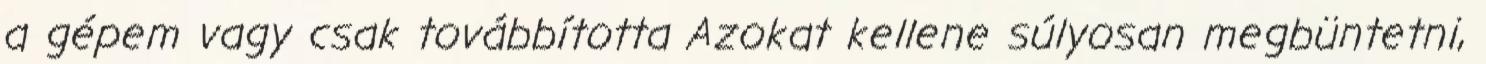
a gépem vagy csak továbbította Azokat kellene súlyosan megbüntetni,